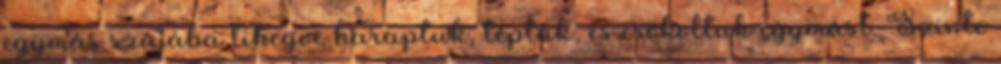
egymás szájába lihegve haraptuk, téptük, és csókoltuk egymást. Szinte